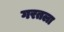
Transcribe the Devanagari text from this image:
गरतला